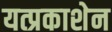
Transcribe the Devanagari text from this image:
यत्प्रकाशेन